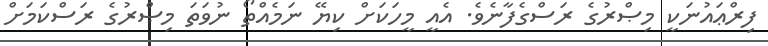
ފިރްޢައުނަކީ މިޞްރުގެ ރަސްގެފާނެވެ. އެއީ މީހަކަށް ކިޔޭ ނަމެއްތޯ ނުވަތަ މިޞްރުގެ ރަސްކަމަށް